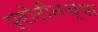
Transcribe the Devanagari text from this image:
प्रोटीनच्या